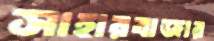
সাহারবাজার